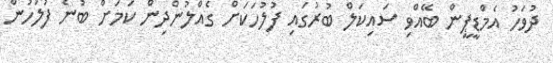
ދުވަހު އެމްޑީޕީން ބޭއްވި ސައިކަލް ބުރުގައި ފުލުހަކަށް ގެއްލުންދިން ކަމަށް ބުނެ ފުލުހުން